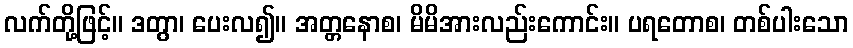
လက်တို့ဖြင့်။ ဒတွာ၊ ပေးလ၍။ အတ္တနောစ၊ မိမိအားလည်းကောင်း။ ပရတောစ၊ တစ်ပါးသော